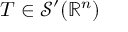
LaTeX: T \in { \mathcal { S } } ^ { \prime } ( \mathbb { R } ^ { n } )